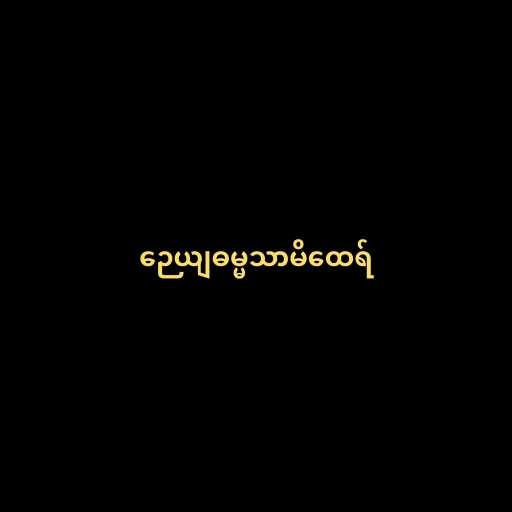
ဉေယျဓမ္မသာမိထေရ်